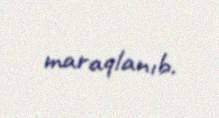
maraqlanıb.